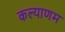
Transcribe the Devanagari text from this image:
कल्‍याणम